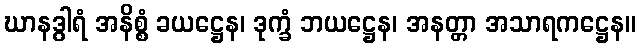
ဃာနဒွါရံ အနိစ္စံ ခယဋ္ဌေန၊ ဒုက္ခံ ဘယဋ္ဌေန၊ အနတ္တာ အသာရကဋ္ဌေန။